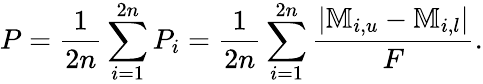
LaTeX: P=\frac{1}{2n}\sum_{i=1}^{2n}P_{i}=\frac{1}{2n}\sum_{i=1}^{2n}\frac{|\mathbb{M}_{i,u}-\mathbb{M}_{i,l}|}{F}.